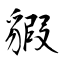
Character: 貑